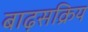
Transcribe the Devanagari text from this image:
बाढ़सक्रिय